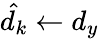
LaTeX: \hat{d_{k}}\gets d_{y}